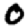
Digit: 0